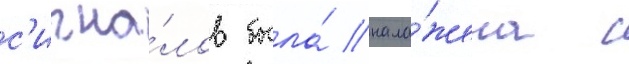
с'игна́лов была́ нала́жена с